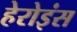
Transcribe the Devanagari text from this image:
हेरोइंस